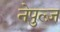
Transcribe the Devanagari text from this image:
नेपुल्ज़